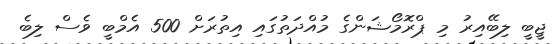
ޖީބީ ލިބޭއިރު މި ޕްރޮމޯޝަންގެ މުއްދަތުގައި އިތުރަށް 500 އެމްބީ ވެސް ލިބެ